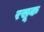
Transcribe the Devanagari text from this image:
रसूक